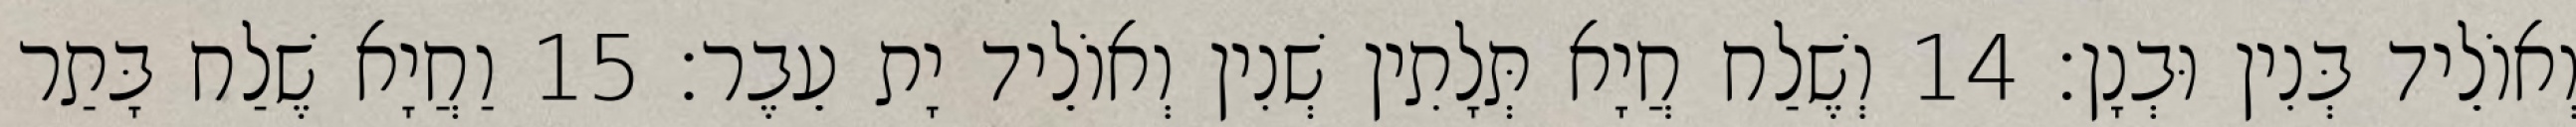
וְאוֹלֵיד בְּנִין וּבְנָן׃ 14 וְשֶׁלַח חֲיָא תְּלָתִין שְׁנִין וְאוֹלֵיד יָת עֵבֶר׃ 15 וַחֲיָא שֶׁלַח בָּתַר